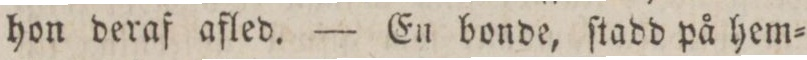
hon deraf afled. — En bonde, ſtadd på hem=